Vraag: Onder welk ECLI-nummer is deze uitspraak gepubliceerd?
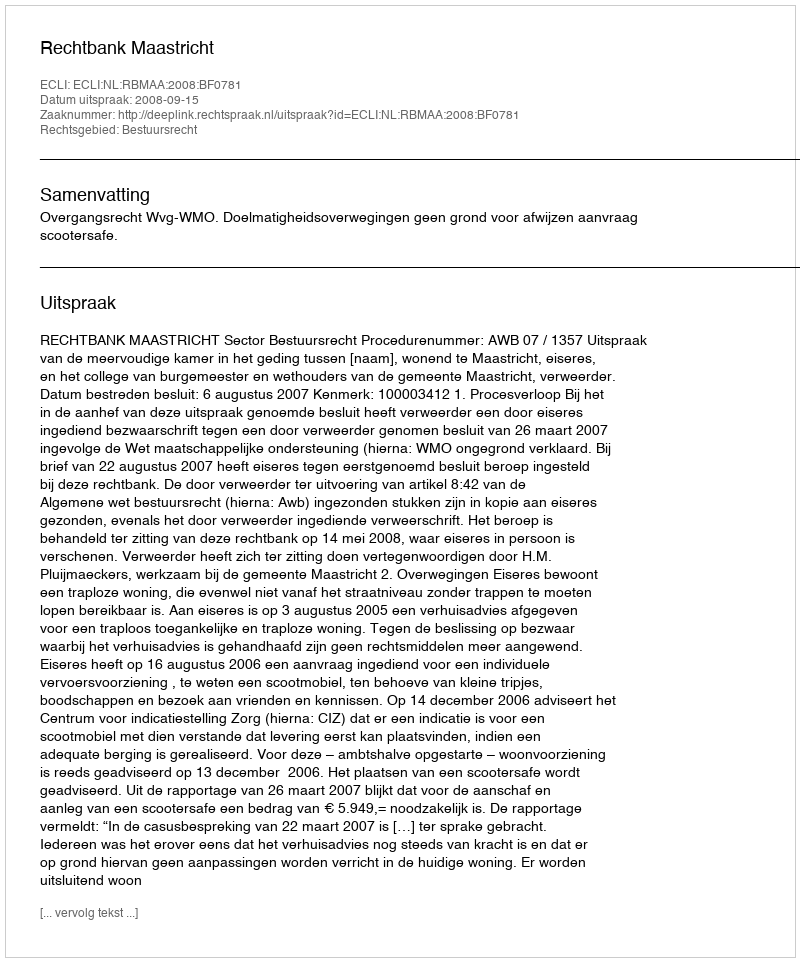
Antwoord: ECLI:NL:RBMAA:2008:BF0781